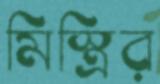
মিস্ত্রির